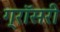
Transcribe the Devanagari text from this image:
ग्रॉसरी